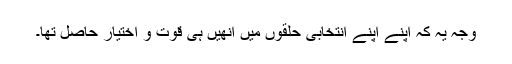
وجہ یہ کہ اپنے اپنے انتخابی حلقوں میں انھیں ہی قوت و اختیار حاصل تھا۔